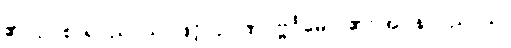
၏။ ဥပစာရပညာယ၊ ဖြင့်။ ဉာဏပုဗ္ဗင်္ဂမော၊ ၏။ အပ္ပနာပညာယ၊